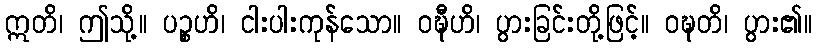
ဣတိ၊ ဤသို့။ ပဉ္စဟိ၊ ငါးပါးကုန်သော။ ဝဍ္ဎီဟိ၊ ပွားခြင်းတို့ဖြင့်။ ဝဍ္ဎတိ၊ ပွား၏။